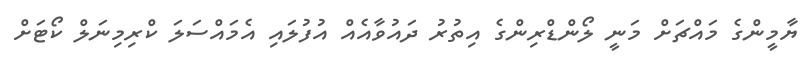
ޔާމީންގެ މައްޗަށް މަނީ ލޯންޑްރިންގެ އިތުރު ދައުވާއެއް އުފުލައި އެމައްސަލަ ކްރިމިނަލް ކޯޓަށް